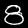
Digit: 8